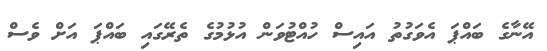
އޭނާގެ ބައްޕަ އެވަގުތު އައިސް ހުއްޓުވަން އުޅުމުގެ ތެރޭގައި ބައްޕަ އަށް ވެސް